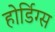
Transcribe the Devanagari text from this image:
होर्डिग्स